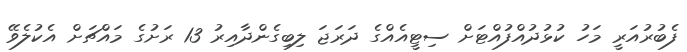
ފެބުރުއަރީ މަހު ކުޅުދުއްފުއްޓަށް ސިޓީއެއްގެ ދަރަޖަ ލިބިގެންދާއިރު 13 ރަށުގެ މައްޗަށް އެކުލެވޭ